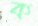
ক